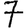
Digit: 7